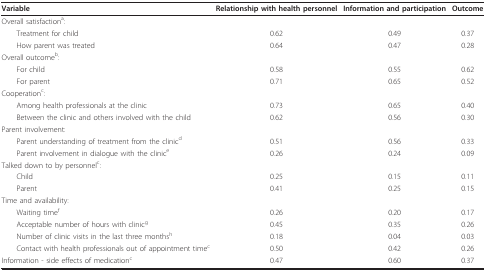
<table><thead><tr><td><b> Variable</b></td><td><b>Relationship with health personnel</b></td><td><b>Information and participation</b></td><td><b>Outcome</b></td></tr></thead><tbody><tr><td>Overall satisfaction<sup>a</sup>:</td><td></td><td></td><td></td></tr><tr><td> Treatment for child</td><td>0.62</td><td>0.49</td><td>0.37</td></tr><tr><td> How parent was treated</td><td>0.64</td><td>0.47</td><td>0.28</td></tr><tr><td>Overall outcome<sup>b</sup>:</td><td></td><td></td><td></td></tr><tr><td> For child</td><td>0.58</td><td>0.55</td><td>0.62</td></tr><tr><td> For parent</td><td>0.71</td><td>0.65</td><td>0.52</td></tr><tr><td>Cooperation<sup>c</sup>:</td><td></td><td></td><td></td></tr><tr><td> Among health professionals at the clinic</td><td>0.73</td><td>0.65</td><td>0.40</td></tr><tr><td> Between the clinic and others involved with the child</td><td>0.62</td><td>0.56</td><td>0.30</td></tr><tr><td>Parent involvement:</td><td></td><td></td><td></td></tr><tr><td> Parent understanding of treatment from the clinic<sup>d</sup></td><td>0.51</td><td>0.56</td><td>0.33</td></tr><tr><td> Parent involvement in dialogue with the clinic<sup>e</sup></td><td>0.26</td><td>0.24</td><td>0.09</td></tr><tr><td>Talked down to by personnel<sup>c</sup>:</td><td></td><td></td><td></td></tr><tr><td> Child</td><td>0.25</td><td>0.15</td><td>0.11</td></tr><tr><td> Parent</td><td>0.41</td><td>0.25</td><td>0.15</td></tr><tr><td>Time and availability:</td><td></td><td></td><td></td></tr><tr><td> Waiting time<sup>f</sup></td><td>0.26</td><td>0.20</td><td>0.17</td></tr><tr><td> Acceptable number of hours with clinic<sup>g</sup></td><td>0.45</td><td>0.35</td><td>0.26</td></tr><tr><td> Number of clinic visits in the last three months<sup>h</sup></td><td>0.18</td><td>0.04</td><td>0.03</td></tr><tr><td> Contact with health professionals out of appointment time<sup>c</sup></td><td>0.50</td><td>0.42</td><td>0.26</td></tr><tr><td>Information - side effects of medication<sup>c</sup></td><td>0.47</td><td>0.60</td><td>0.37</td></tr></tbody></table>